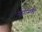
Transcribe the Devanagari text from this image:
नोरीमकी